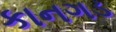
કાનગડ